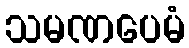
သမဏပေမံ